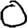
Digit: 0